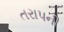
તરાપની